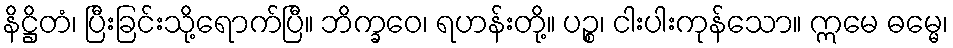
နိဋ္ဌိတံ၊ ပြီးခြင်းသို့ရောက်ပြီ။ ဘိက္ခဝေ၊ ရဟန်းတို့။ ပဉ္စ၊ ငါးပါးကုန်သော။ ဣမေ ဓမ္မေ၊